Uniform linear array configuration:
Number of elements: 64
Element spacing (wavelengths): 0.75
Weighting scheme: blackman
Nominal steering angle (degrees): -30
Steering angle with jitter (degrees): -28.788
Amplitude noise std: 0.05
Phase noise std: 0.05

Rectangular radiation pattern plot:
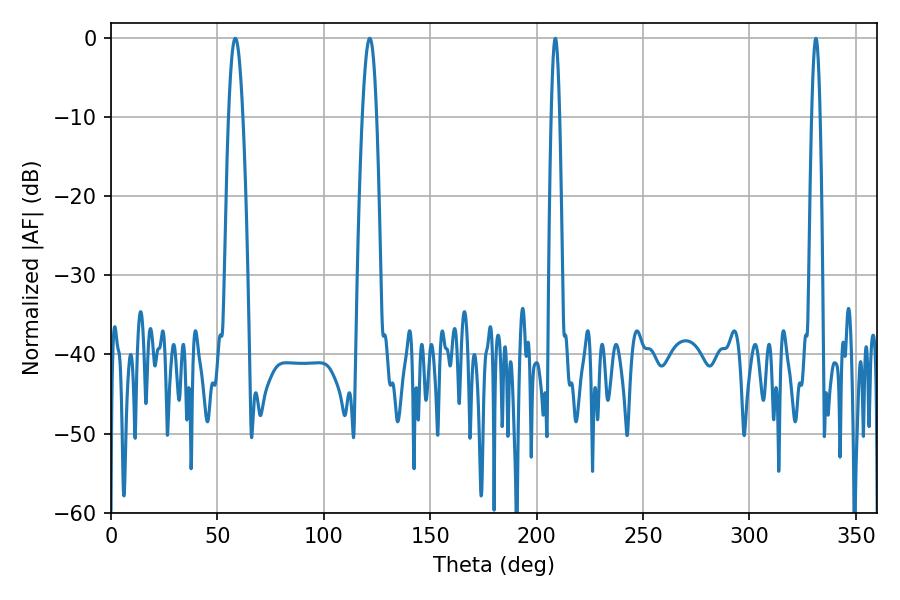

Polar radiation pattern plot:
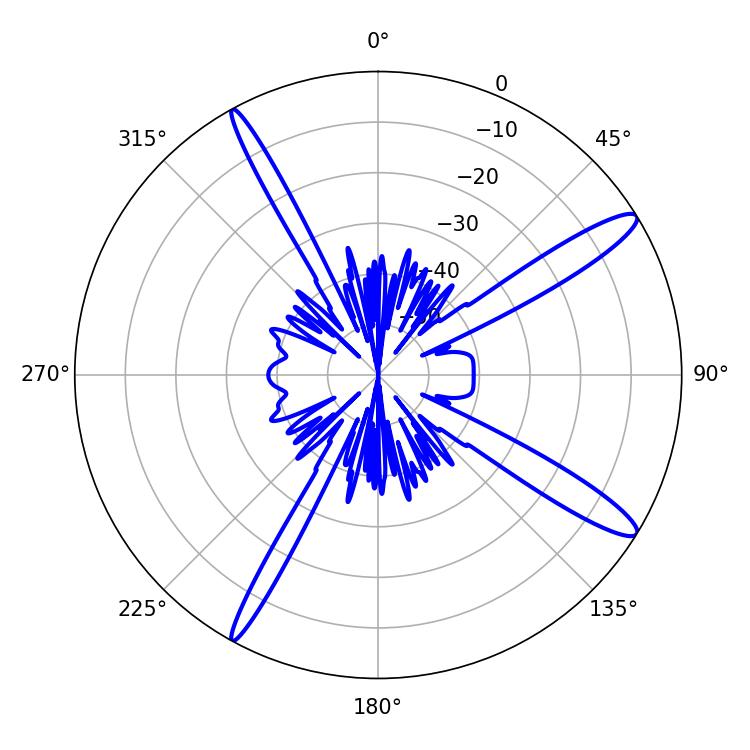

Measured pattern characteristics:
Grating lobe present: TRUE
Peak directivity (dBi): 14.02
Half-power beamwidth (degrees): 2.16
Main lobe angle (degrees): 208.8